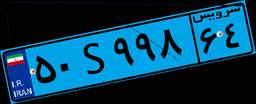
۵۰S۹۹۸۶۴